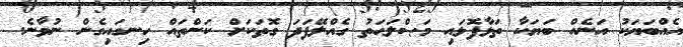
އެއްބަޔަކު އަނެއް ބަޔަކާ ތަޅާފޮޅައި މަޞްލަޙަތު ގެއްލޭފަދަ ގޮތަކަށް ކަންތައް ހިނގައިގެން ނުވާނެ.